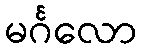
မင်္ဂလော